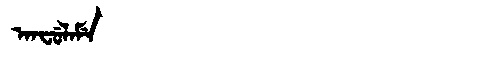
Manchu: ᠠᠨᠸᡠᠯᠠᠮᡝ
Romanization: ANFULAME